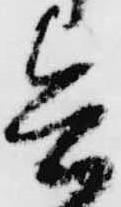
兵